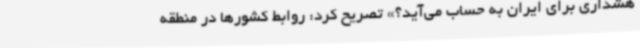
هشداری برای ایران به حساب می‌آید؟» تصریح کرد: روابط کشورها در منطقه